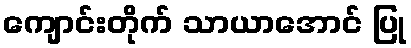
ကျောင်းတိုက် သာယာအောင် ပြု